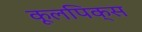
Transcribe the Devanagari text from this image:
कूलपिक्स